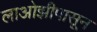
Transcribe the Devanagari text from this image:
लाओझीपासून